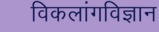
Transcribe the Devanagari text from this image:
विकलांगविज्ञान